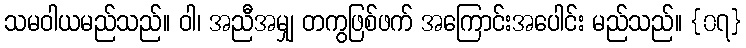
သမဝါယမည်သည်။ ဝါ၊ အညီအမျှ တကွဖြစ်ဖက် အကြောင်းအပေါင်း မည်သည်။ {၀၇}